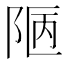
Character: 𨹟